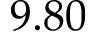
9 . 8 0